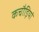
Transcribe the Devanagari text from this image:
कचौड़ियां